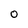
Character: O